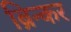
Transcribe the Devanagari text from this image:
ब्रिन्कर